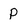
Character: p